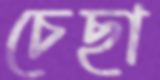
চেছা